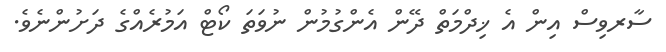
ސާރވިސް އިން އެ ޚިދްމަތް ދޭން އެންގުމުން ނުވަތަ ކޯޓް އަމުރެއްގެ ދަށުންނެވެ.